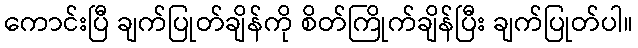
ကောင်းပြီ ချက်ပြုတ်ချိန်ကို စိတ်ကြိုက်ချိန်ပြီး ချက်ပြုတ်ပါ။